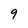
Character: 9